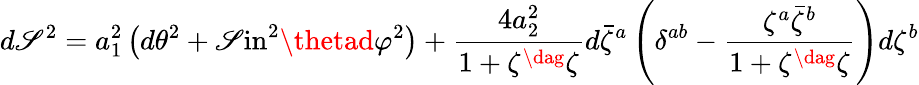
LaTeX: d\mathscr{S}^{2}=a_{1}^{2}\left(d\theta^{2}+\mathrm{{\mathscr{S}in}}^{2}\thetad\varphi^{2}\right)+\frac{{4a_{2}^{2}}}{{1+\zeta^{\dag}\zeta}}d{\bar{{\zeta}}}^{a}\left(\delta^{ab}-\frac{{\zeta^{a}{\bar{{\zeta}}}^{b}}}{{1+\zeta^{\dag}\zeta}}\right)d\zeta^{b}